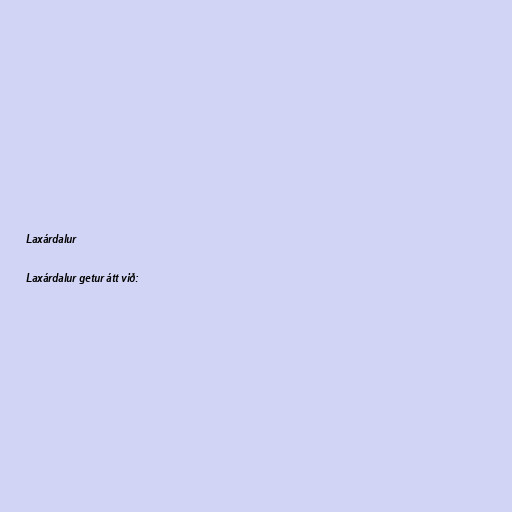
Laxárdalur

Laxárdalur getur átt við: